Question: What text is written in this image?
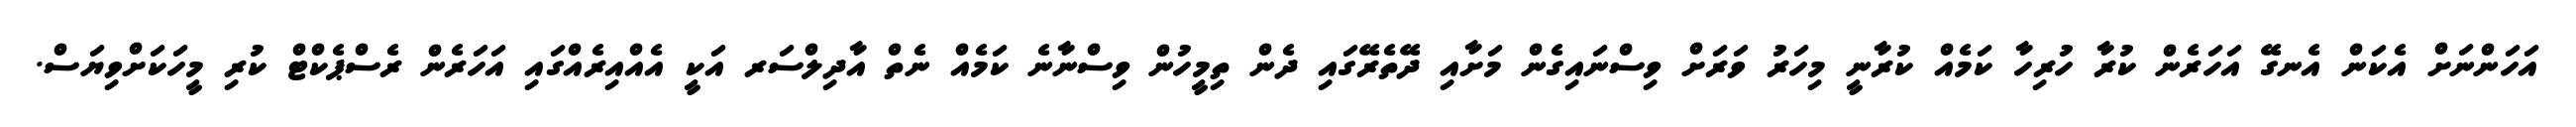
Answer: އަހަންނަށް އެކަން އެނގޭ އަހަރެން ކުރާ ހުރިހާ ކަމެއް ކުރާނީ މިހަރު ވަރަށް ވިސްނައިގެން މަށާއި ދޭތެރޭގައި ދެން ތިމީހުން ވިސްނާނެ ކަމެއް ނެތް އާދިލްސަރ އަކީ އެއްއިރެއްގައި އަހަރެން ރެސްޕެކްޓް ކުރި މީހަކަށްވިޔަސް.